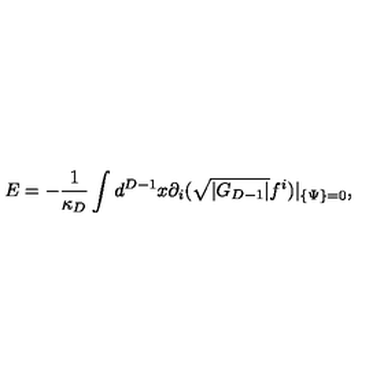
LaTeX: E = - \frac { 1 } { \kappa _ { D } } \int d ^ { D - 1 } x \partial _ { i } ( \sqrt { | G _ { D - 1 } | } f ^ { i } ) | _ { \{ \Psi \} = 0 } ,